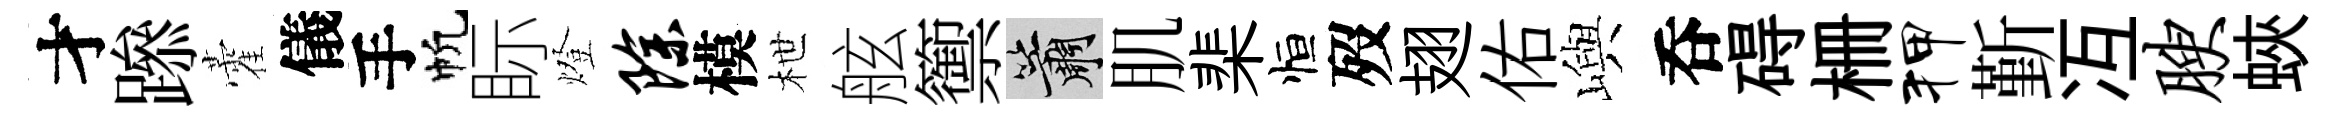
才𨅶藿儀手帆眎燈除模枻舷籞簫肌棐恒歿翅佑嶼呑碍栅狎斳冱腴蛺